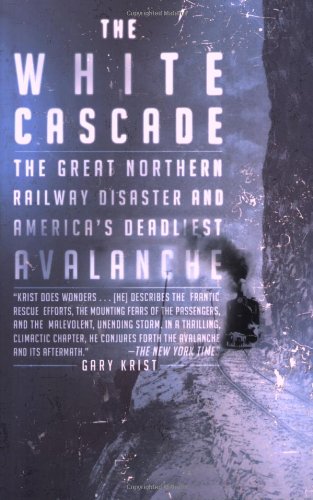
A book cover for The White Cascade: The Great Northern Railway Disaster and America's Deadliest Avalanche; Gary Krist; Engineering & Transportation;